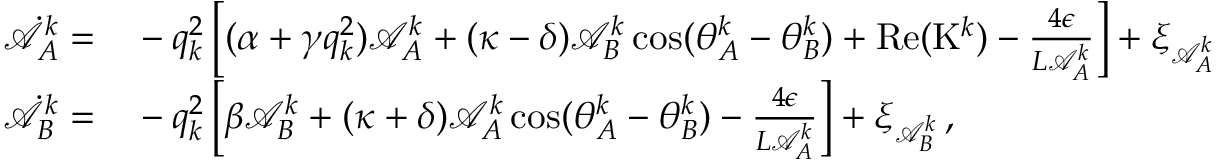
\begin{array} { r l } { \dot { \mathcal { A } } _ { A } ^ { k } = } & { { } - q _ { k } ^ { 2 } \left[ ( \alpha + \gamma q _ { k } ^ { 2 } ) \mathcal { A } _ { A } ^ { k } + ( \kappa - \delta ) \mathcal { A } _ { B } ^ { k } \cos ( \theta _ { A } ^ { k } - \theta _ { B } ^ { k } ) + \mathrm { R e } ( \mathrm { K } ^ { k } ) - \frac { 4 \epsilon } { L \mathcal { A } _ { A } ^ { k } } \right] + \xi _ { \mathcal { A } _ { A } ^ { k } } } \\ { \dot { \mathcal { A } } _ { B } ^ { k } = } & { { } - q _ { k } ^ { 2 } \left[ \beta \mathcal { A } _ { B } ^ { k } + ( \kappa + \delta ) \mathcal { A } _ { A } ^ { k } \cos ( \theta _ { A } ^ { k } - \theta _ { B } ^ { k } ) - \frac { 4 \epsilon } { L \mathcal { A } _ { A } ^ { k } } \right] + \xi _ { \mathcal { A } _ { B } ^ { k } } \, , } \end{array}